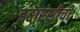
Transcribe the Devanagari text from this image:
इटारसीची